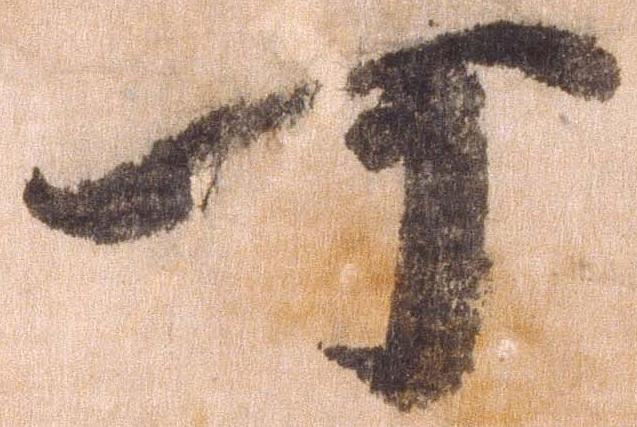
可